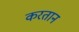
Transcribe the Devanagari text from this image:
करतान